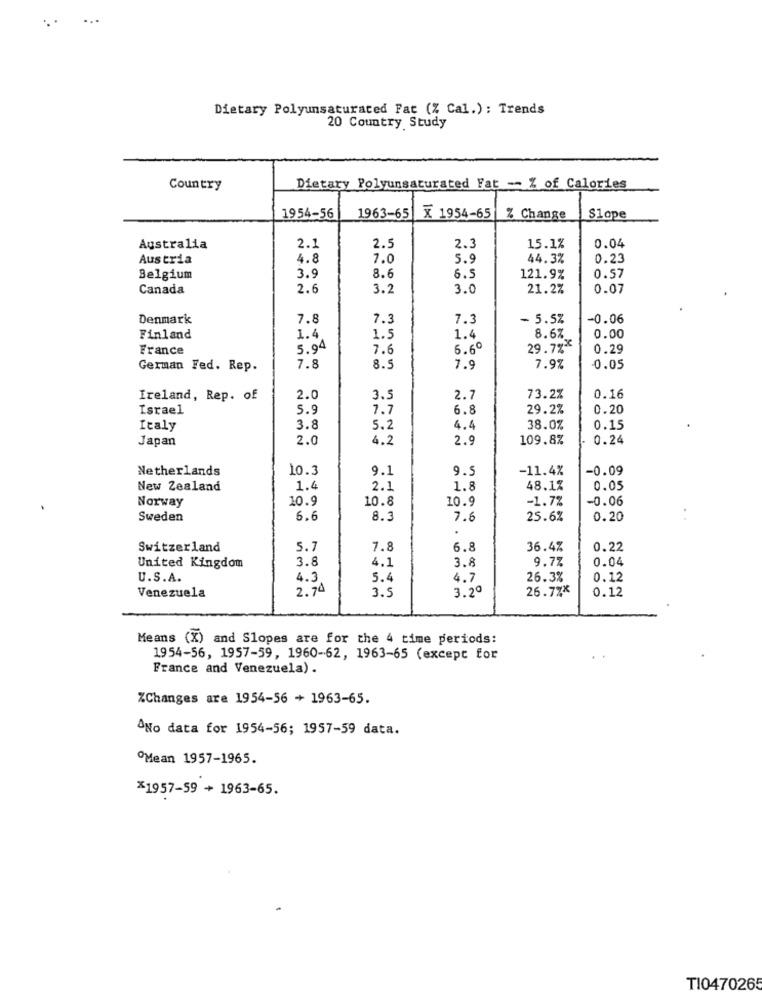
...
Dietary Polyunsaturated Fat (% Cal.): Trends
20 Country Study
Country
Dietary Polyunsaturated Fat -- % of Calories
1954-56
1963-65
X 1954-65
% Change
Slope
Australia
2.1
2.5
2.3
15.1%
0.04
Austria
4.8
7.0
5.9
44.3%
0.23
8.6
Belgium
3.9
6.5
121.9%
0.57
Canada
2.6
3.2
3.0
21.2%
0.07
Denmark
7.8
7.3
7.3
- 5.5%
-0.06
Finland
1.4
1.5
1.4
8.6%
0.00
France
5.94
7.6
6.6º
29.7%*
0.29
German Fed. Rep.
7.8
8.5
7.9
7.9%
0.05
Ireland, Rep. of
2.0
3.5
2.7
73.2%
0.16
Israel
5.9
7.7
6.8
29.2%
0.20
Italy
3.8
5.2
4.4
38.0%
0.15
Japan
2.0
4.2
2.9
109.8%
0.24
Netherlands
10.3
9.1
9.
-11.4%
-0.09
New Zealand
1.4
2.1
1.8
48.1%
0.05
Norway
10.9
10.8
10.9
-1.7%
-0.06
Sweden
6.6
8.3
7.6
25.6%
0.20
Switzerland
5.7
7.8
6.8
36.4%
0.22
3.8
4.1
9.7%
0.04
United Kingdom
3.8
U.S.A.
4.3
5.4
4.7
26.3%
0.12
2.74
3.5
3.2º
26.7%*
Venezuela
0.12
Means (X) and Slopes are for the 4 time periods:
1954-56, 1957-59, 1960-62, 1963-65 (except for
France and Venezuela) .
%Changes are 1954-56 + 1963-65.
ONo data for 1954-56; 1957-59 data.
Mean 1957-1965.
*1957-59 + 1963-65.
T1047026